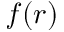
f ( r )